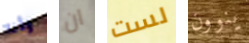
وأنا ان لست ينوون